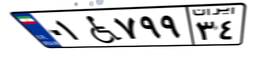
۰۱W۷۹۹۳۴